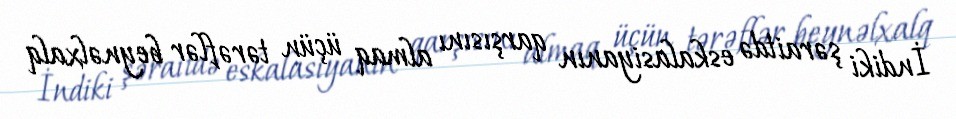
İndiki şəraitdə eskalasiyanın qarşısını almaq üçün tərəflər beynəlxalq